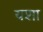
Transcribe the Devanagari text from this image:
यशा